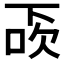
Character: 𠀿